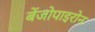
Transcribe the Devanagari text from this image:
बेंजोपाइरोन